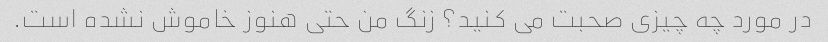
در مورد چه چیزی صحبت می کنید؟ زنگ من حتی هنوز خاموش نشده است.